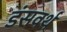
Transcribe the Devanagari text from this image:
डंसवर्थ